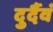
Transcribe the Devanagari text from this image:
दुर्दैवं